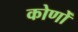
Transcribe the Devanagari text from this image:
कोणोँ